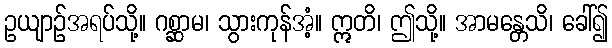
ဥယျာဉ်အရပ်သို့။ ဂစ္ဆာမ၊ သွားကုန်အံ့။ ဣတိ၊ ဤသို့။ အာမန္တေသိ၊ ခေါ်၍